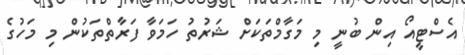
އެސްޓީއޯ އިން ބުނީ މި މަގާމްތަކަށް ޝަރުތު ހަމަވާ ފަރާތްތަކުން މި މަހުގެ